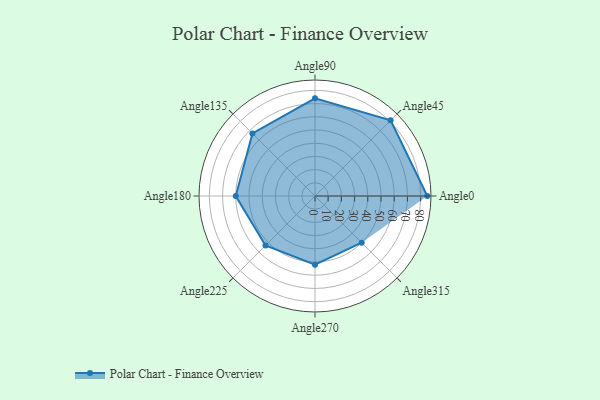
{"axis": {"x": "Angle", "y": "Radius"}, "legend": [""], "data": [{"x": "Angle0", "y": 85.0, "type": ""}, {"x": "Angle45", "y": 81.0, "type": ""}, {"x": "Angle90", "y": 74.0, "type": ""}, {"x": "Angle135", "y": 67.0, "type": ""}, {"x": "Angle180", "y": 60.0, "type": ""}, {"x": "Angle225", "y": 53.0, "type": ""}, {"x": "Angle270", "y": 52.0, "type": ""}, {"x": "Angle315", "y": 50, "type": ""}]}